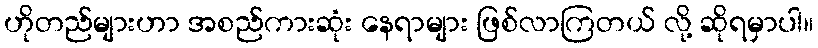
ဟိုတည်များဟာ အစည်ကားဆုံး နေရာများ ဖြစ်လာကြတယ် လို့ ဆိုရမှာပါ။